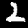
Digit: 2